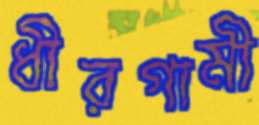
ধীরগামী